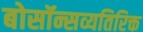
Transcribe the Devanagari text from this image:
बोसॉन्सव्यतिरिक्त